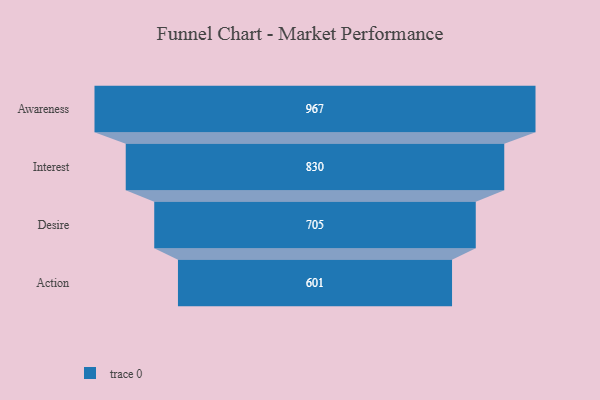
{"axis": {"x": "Stage", "y": "Value"}, "legend": [""], "data": [{"x": "Awareness", "y": 967.0, "type": ""}, {"x": "Interest", "y": 830.0, "type": ""}, {"x": "Desire", "y": 705.0, "type": ""}, {"x": "Action", "y": 601.0, "type": ""}]}